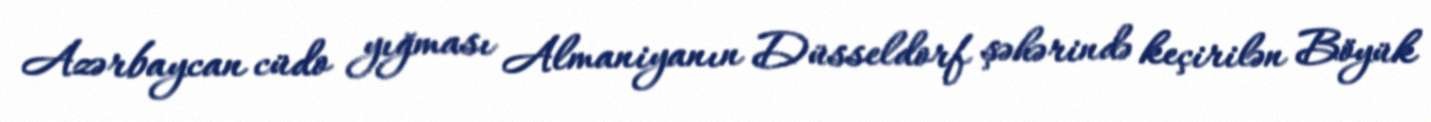
Azərbaycan cüdo yığması Almaniyanın Düsseldorf şəhərində keçirilən Böyük